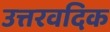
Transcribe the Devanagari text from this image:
उत्तरवदिक